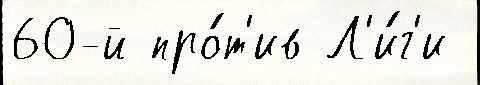
60-й про́т'ив Л'и́г'и